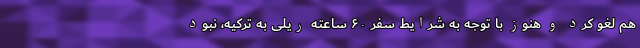
هم لغو کرد و هنوز با توجه به شرایط سفر ۶۰ ساعته ریلی به ترکیه، نبود